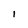
Character: 1